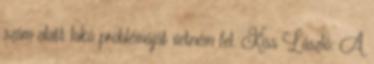
szám alatt lakó problémáját vetném fel. Kiss László: A